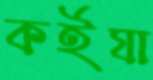
কর্ইযা